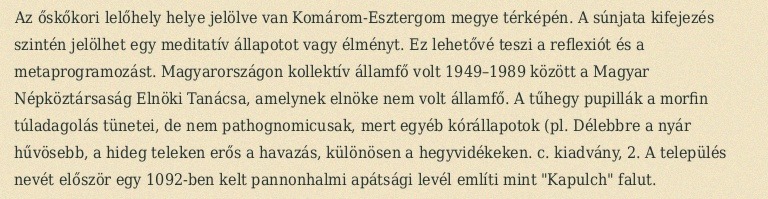
Az őskőkori lelőhely helye jelölve van Komárom-Esztergom megye térképén. A súnjata kifejezés szintén jelölhet egy meditatív állapotot vagy élményt. Ez lehetővé teszi a reflexiót és a metaprogramozást. Magyarországon kollektív államfő volt 1949–1989 között a Magyar Népköztársaság Elnöki Tanácsa, amelynek elnöke nem volt államfő. A tűhegy pupillák a morfin túladagolás tünetei, de nem pathognomicusak, mert egyéb kórállapotok (pl. Délebbre a nyár hűvösebb, a hideg teleken erős a havazás, különösen a hegyvidékeken. c. kiadvány, 2. A település nevét először egy 1092-ben kelt pannonhalmi apátsági levél említi mint "Kapulch" falut.